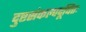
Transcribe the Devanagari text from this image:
दुष्टसंकल्पदूषितः